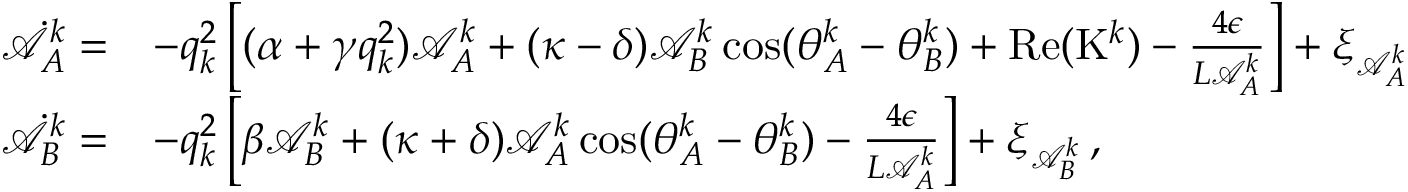
\begin{array} { r l } { \dot { \mathcal { A } } _ { A } ^ { k } = } & { - q _ { k } ^ { 2 } \left[ ( \alpha + \gamma q _ { k } ^ { 2 } ) \mathcal { A } _ { A } ^ { k } + ( \kappa - \delta ) \mathcal { A } _ { B } ^ { k } \cos ( \theta _ { A } ^ { k } - \theta _ { B } ^ { k } ) + \mathrm { R e } ( \mathrm { K } ^ { k } ) - \frac { 4 \epsilon } { L \mathcal { A } _ { A } ^ { k } } \right] + \xi _ { \mathcal { A } _ { A } ^ { k } } } \\ { \dot { \mathcal { A } } _ { B } ^ { k } = } & { - q _ { k } ^ { 2 } \left[ \beta \mathcal { A } _ { B } ^ { k } + ( \kappa + \delta ) \mathcal { A } _ { A } ^ { k } \cos ( \theta _ { A } ^ { k } - \theta _ { B } ^ { k } ) - \frac { 4 \epsilon } { L \mathcal { A } _ { A } ^ { k } } \right] + \xi _ { \mathcal { A } _ { B } ^ { k } } \, , } \end{array}